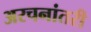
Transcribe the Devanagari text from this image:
अरचनांतरी